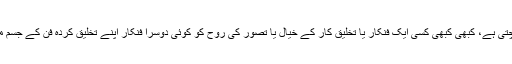
جب کسی ایک فنکار کے تصورات، کیفیات یا جذبات کو شکل ملتی ہے تو ہی فنکار کے روح کو تسکین پہنچتی ہے، کبھی کبھی کسی ایک فنکار یا تخلیق کار کے خیال یا تصور کی روح کو کوئی دوسرا فنکار اپنے تخلیق کردہ فن کے جسم میں قید کرنے کی کوشش کرتا ہے، اور یوں ایک خیال کو ایک سے زائد شکلوں میں اظہار نصیب ہوجاتا ہے۔